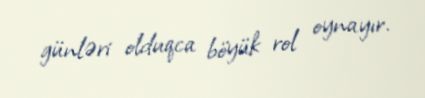
günləri olduqca böyük rol oynayır.